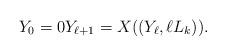
LaTeX: \begin{align*}Y_{0}=0 Y_{\ell+1}=X((Y_{\ell}, \ell L_{k})).\end{align*}